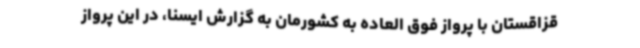
قزاقستان با پرواز فوق العاده به کشورمان به گزارش ایسنا، در این پرواز